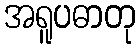
အရူပဓာတု